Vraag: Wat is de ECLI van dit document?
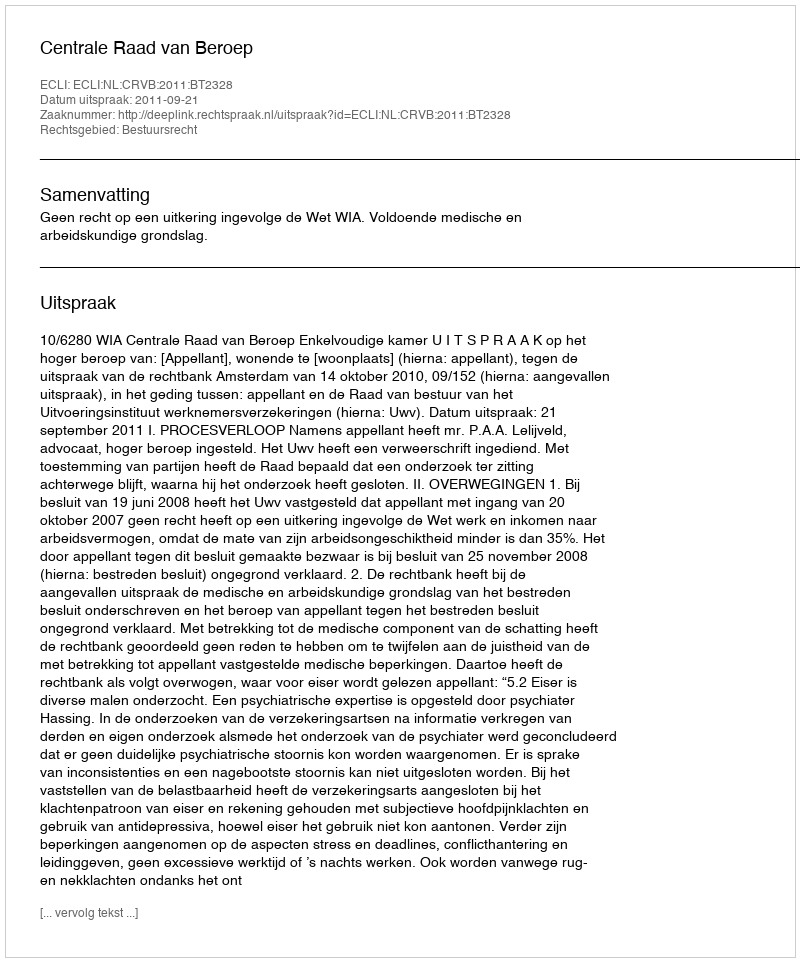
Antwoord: ECLI:NL:CRVB:2011:BT2328